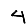
Digit: 4